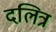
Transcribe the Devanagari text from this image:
दलित्र